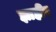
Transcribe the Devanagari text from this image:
झाहीर